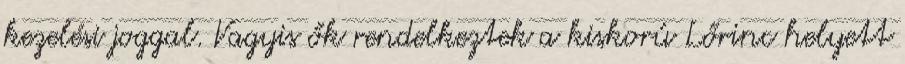
kezelési joggal. Vagyis ők rendelkeztek a kiskorú Lőrinc helyett